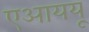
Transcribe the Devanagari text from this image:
एआययू